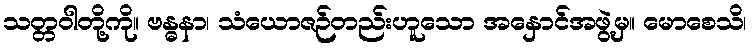
သတ္တဝါတို့ကို။ ဗန္ဓနာ၊ သံယောဇဉ်တည်းဟူသော အနှောင်အဖွဲ့မှ။ မောစေသိ၊